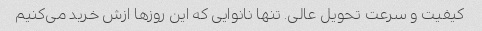
کیفیت و سرعت تحویل عالی. تنها نانوایی که این روزها ازش خرید می‌کنیم